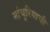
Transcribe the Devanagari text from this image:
मांचुरियाची